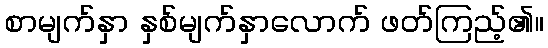
စာမျက်နှာ နှစ်မျက်နှာလောက် ဖတ်ကြည့်၏။